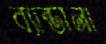
ব্যান্ডানা